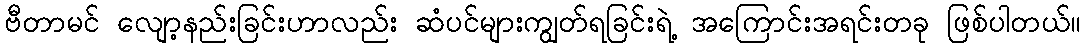
ဗီတာမင် လျော့နည်းခြင်းဟာလည်း ဆံပင်များကျွတ်ရခြင်းရဲ့ အကြောင်းအရင်းတခု ဖြစ်ပါတယ်။